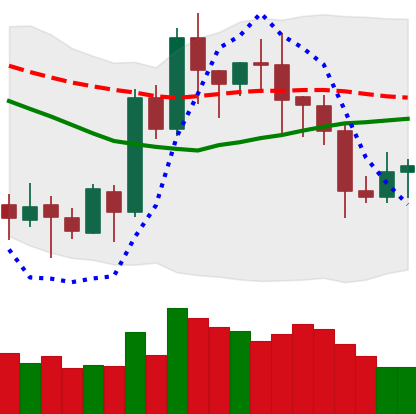
Ticker: LTC-USD
Chart end date: 2020-07-19
Forward return: 3.83%
Label: up_3_5